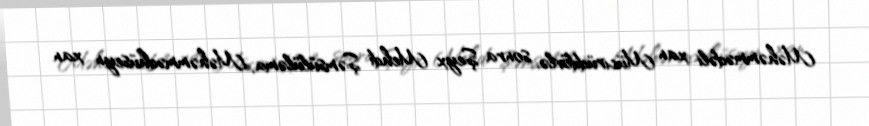
Məhəmmədəli xan Mücirüddövlə, sonra Şeyx Mehdi Şəmsülüləma, Məhəmmədhüseyn xan